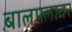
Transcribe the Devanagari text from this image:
बालफ्लावर